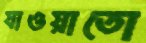
যাওয়াতো